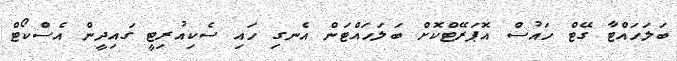
ބަލަހައްޓާ ގޭޓް ހައުސް އޮޕަރޭޓްކޮށް ބަލަހައްޓަން އެނގި ހައި ސެކިއުރިޓީ ގައިދީން އެސްކޯޓް